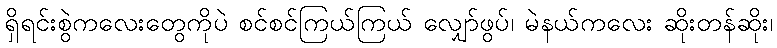
ရှိရင်းစွဲကလေးတွေကိုပဲ စင်စင်ကြယ်ကြယ် လျှော်ဖွပ်၊ မဲနယ်ကလေး ဆိုးတန်ဆိုး၊